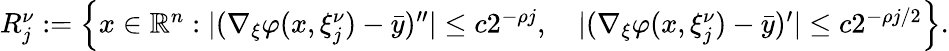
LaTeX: \begin{array}{r}{R_{j}^{\nu}:=\left\{ {x\in\mathbb{R}^{n}:|(\nabla_{\xi}\varphi(x,\xi_{j}^{\nu})-\bar{y})^{\prime\prime}|\leq c2^{-\rho j},\quad|(\nabla_{\xi}\varphi(x,\xi_{j}^{\nu})-\bar{y})^{\prime}|\leq c2^{-\rho j/2}}\right\} .}\end{array}